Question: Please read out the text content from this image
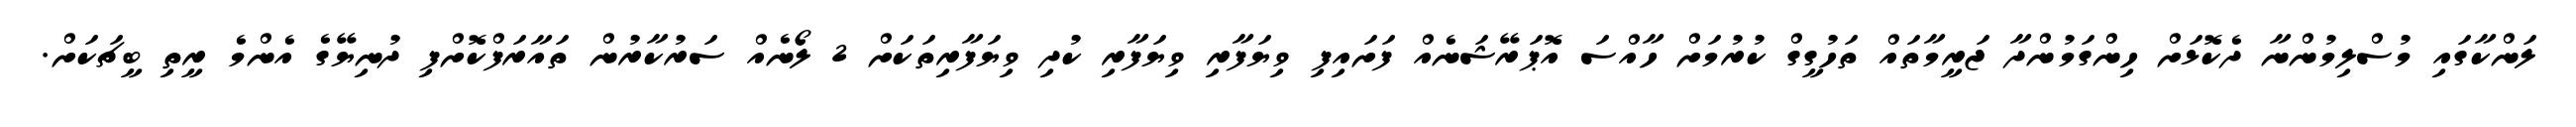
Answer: ލަންކާގައި މުސްލިމުންނާ ދެކޮޅަށް ހިންގަމުންދާ ޖަރީމާތައް ތަހުގީގް ކުރުމަށް ހާއްސަ އޮޕަރޭޝަނެއް ފަށައިފި ވިޔަފާރި ވިޔަފާރި ކުދި ވިޔަފާރިތަކަށް 2 ލޯނެއް ސަރުކާރުން ތައާރަފްކޮށްފި ދުނިޔޭގެ އެންމެ ރީތި ބީޗަކަށް.